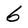
Character: 6